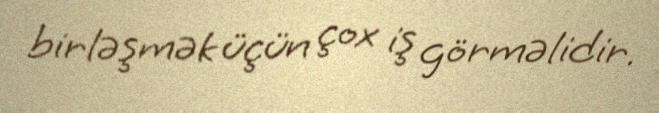
birləşmək üçün çox iş görməlidir.